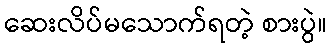
ဆေးလိပ်မသောက်ရတဲ့ စားပွဲ။